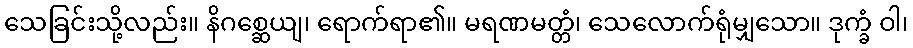
သေခြင်းသို့လည်း။ နိဂစ္ဆေယျ၊ ရောက်ရာ၏။ မရဏမတ္တံ၊ သေလောက်ရုံမျှသော။ ဒုက္ခံ ဝါ၊